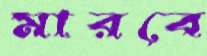
মারবে